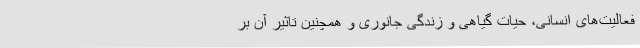
فعالیت‌های انسانی، حیات گیاهی و زندگی جانوری و همچنین تاثیر آن بر